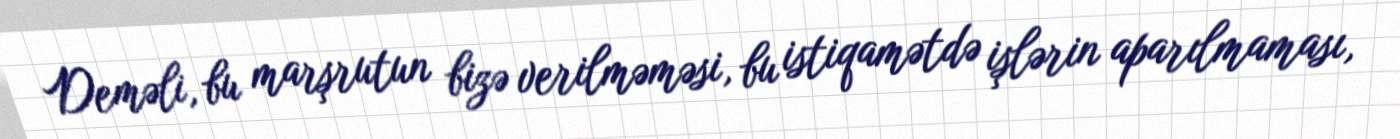
Deməli, bu marşrutun bizə verilməməsi, bu istiqamətdə işlərin aparılmaması,